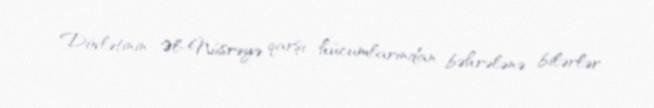
Dövlətinin Əl-Nüsrəyə qarşı hücumlarından bəhrələnə bilərlər.